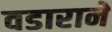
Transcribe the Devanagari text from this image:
वडाराने